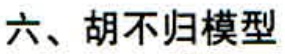
六、胡不归模型